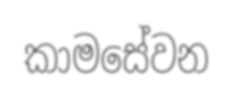
කාමසේවන